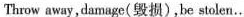
Throw away,damage(毁损),be stolen…